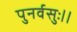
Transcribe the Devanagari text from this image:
पुनर्वसुः।।